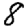
Digit: 8